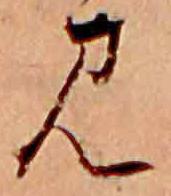
見